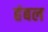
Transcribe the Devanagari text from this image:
हंबल